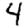
Digit: 4